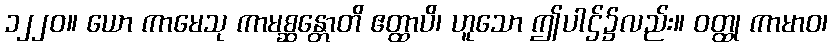
၁၂၂၀။ ယော ကာမေသု ကာမစ္ဆန္တောတိ ဧတ္ထာပိ၊ ဟူသော ဤပါဌ်၌လည်း။ ဝတ္ထု ကာမာဝ၊